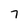
Character: 7